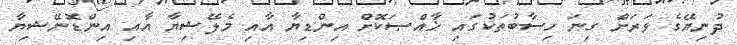
ދުނިޔޭގެ ވަރަށް ގިނަ ހިސާބުތަކުގައި ޚާއްޞަކޮށް އިންޑިޔާ އާއި މެލޭޝިޔާ އާއި އިންޑޮނޭޝިޔާ